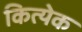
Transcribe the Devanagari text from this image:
कित्‍येक